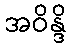
အဝိန္ဒိ